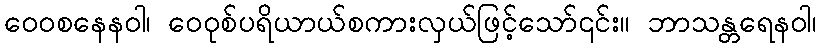
ဝေဝစနေနဝါ၊ ဝေဝုစ်ပရိယာယ်စကားလှယ်ဖြင့်သော်၎င်း။ ဘာသန္တရေနဝါ၊